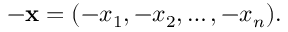
- \mathbf { x } = ( - x _ { 1 } , - x _ { 2 } , \ldots , - x _ { n } ) .